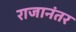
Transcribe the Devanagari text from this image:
राजानंतर